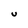
Character: U